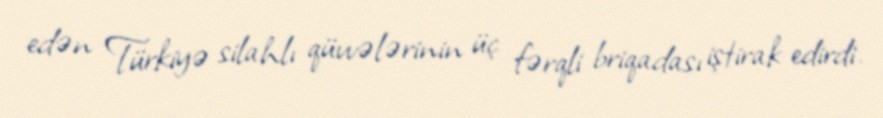
edən Türkiyə silahlı qüvvələrinin üç fərqli briqadası iştirak edirdi.